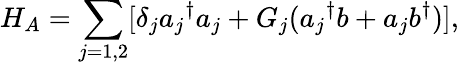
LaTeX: H_{A}=\sum_{j=1,2}[\delta_{j}{a_{j}}^{\dagger}a_{j}+G_{j}({a_{j}}^{\dagger}b+a_{j}b^{\dagger})],